Calcutta medical institutions reports 1871-78
Year: 1871
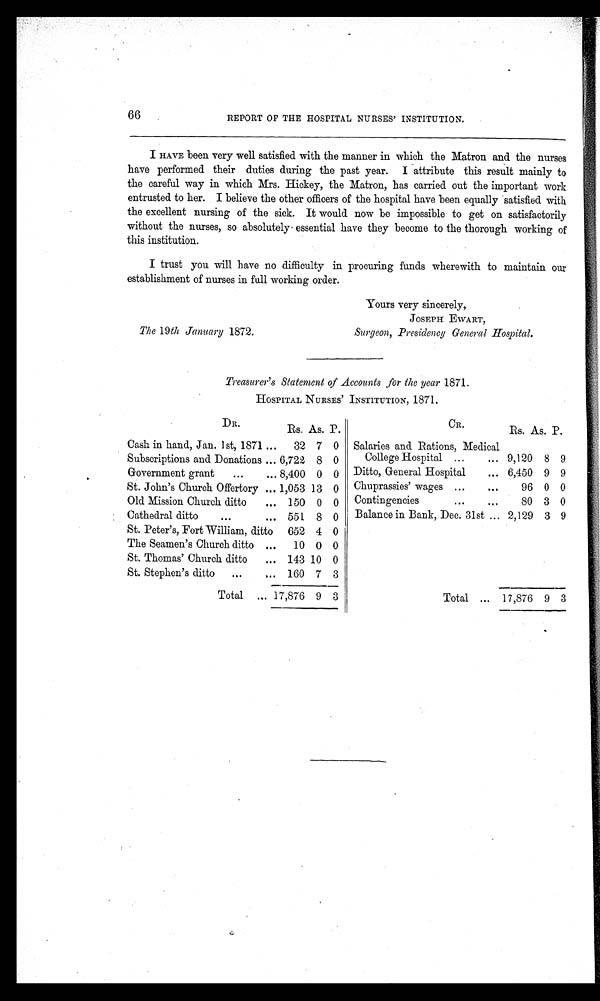
66
REPORT OP THE HOSPITAL NURSES' INSTITUTION.
I HAVE been very well satisfied with the manner in which the Matron and the nurses
have performed their duties during the past year. I attribute this result mainly to
the careful way in which Mrs. Hickey, the Matron, has carried out the important work
entrusted to her. I believe the other officers of the hospital have been equally satisfied with
the excellent nursing of the sick. It would now be impossible to get on satisfactorily
without the nurses, so absolutely' essential have they become to the thorough working of
this institution.
I trust you will have no difficulty in procuring funds wherewith to maintain our
establishment of nurses in full working order.
Yours very sincerely,
JOSEPH EWART,
The 19th January 1872.
Surgeon, Presidency General Hospital.
Treasurer's Statement of Accounts for the year 1871.
HOSPITAL NURSES' INSTITUTION, 1871.
DR.
Rs. As. P.
CR.
Rs. As. P.
Cash in hand, Jan. 1st, 1871 ...
32 7 0 Salaries and Rations, Medical
Subscriptions and Donations ... 6,722 8 0
College Hospital ...
... 9,120 8 9
Government grant
...
... 8,400 0 0 Ditto, General Hospital
... 6,450 9 9
St. John's Church Offertory ... 1,053 13 0 Chuprassies' wages ...
...
96 0 0
Old Mission Church ditto
... 150 0 0
Contingencies
...
...
80 3 0
Cathedral ditto
...
... 551 8 0
Balance in Bank, Dec. 31st ... 2,129 3 9
St. Peter's, Fort. William, ditto
652 4 0
The Seamen's Church ditto ...
10 0 0
St. Thomas' Church ditto
... 143 10 0
St. Stephen's ditto
...
,.. 160 7 3
Total ... 17,876 9 3
Total ... 17,876 9 3